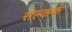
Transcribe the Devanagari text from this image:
सेल्कर्क